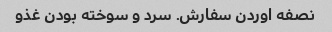
نصفه اوردن سفارش. سرد و سوخته بودن غذو